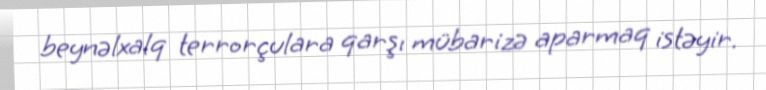
beynəlxalq terrorçulara qarşı mübarizə aparmaq istəyir.